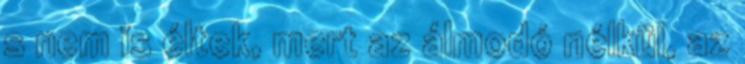
s nem is éltek, mert az álmodó nélkül, az